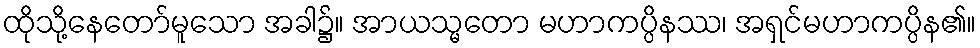
ထိုသို့နေတော်မူသော အခါ၌။ အာယသ္မတော မဟာကပ္ပိနဿ၊ အရှင်မဟာကပ္ပိန၏။